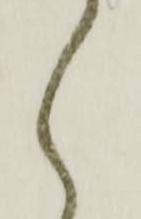
く